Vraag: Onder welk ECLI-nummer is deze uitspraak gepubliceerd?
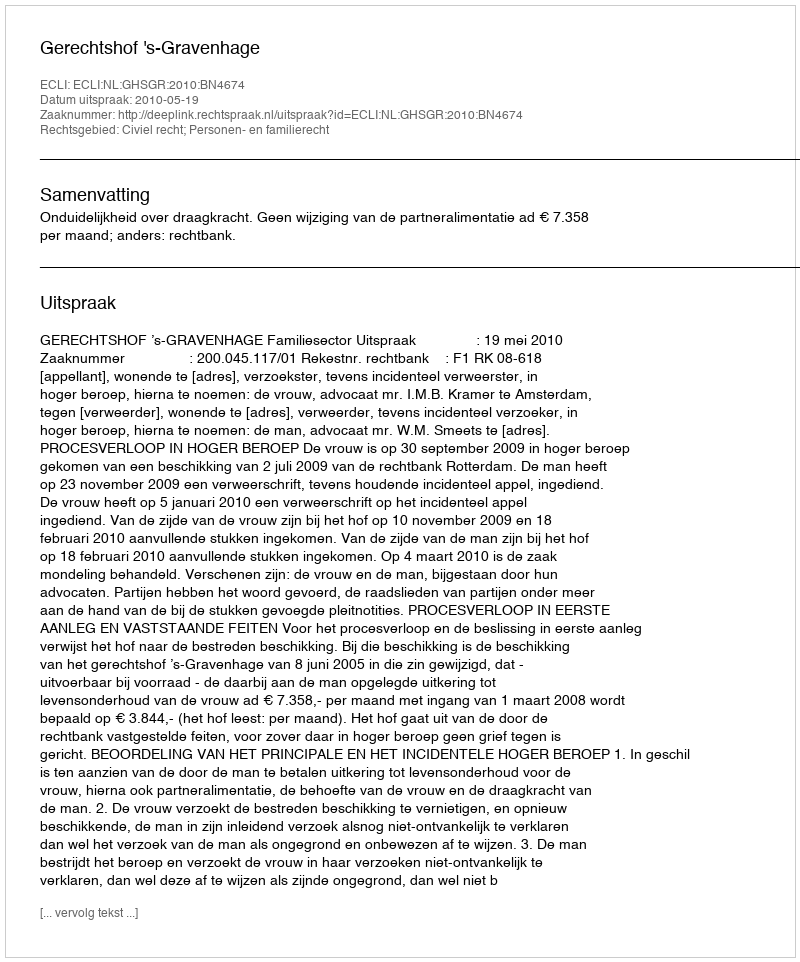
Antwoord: ECLI:NL:GHSGR:2010:BN4674